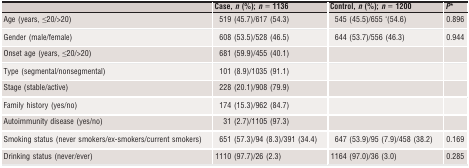
<table><thead><tr><td></td><td><b>Case, <i>n</i> (%); <i>n</i> = 1136</b></td><td><b>Control, <i>n</i> (%); <i>n</i> = 1200</b></td><td><b><i>P</i>a</b></td></tr></thead><tbody><tr><td>Age (years, ≤20/&gt;20)</td><td>519 (45.7)/617 (54.3)</td><td>545 (45.5)/655 &#x27;(54.6)</td><td>0.896</td></tr><tr><td>Gender (male/female)</td><td>608 (53.5)/528 (46.5)</td><td>644 (53.7)/556 (46.3)</td><td>0.944</td></tr><tr><td>Onset age (years, ≤20/&gt;20)</td><td>681 (59.9)/455 (40.1)</td><td></td><td></td></tr><tr><td>Type (segmental/nonsegmental)</td><td>101 (8.9)/1035 (91.1)</td><td></td><td></td></tr><tr><td>Stage (stable/active)</td><td>228 (20.1)/908 (79.9)</td><td></td><td></td></tr><tr><td>Family history (yes/no)</td><td>174 (15.3)/962 (84.7)</td><td></td><td></td></tr><tr><td>Autoimmunity disease (yes/no)</td><td>31 (2.7)/1105 (97.3)</td><td></td><td></td></tr><tr><td>Smoking status (never smokers/ex‐smokers/current smokers)</td><td>651 (57.3)/94 (8.3)/391 (34.4)</td><td>647 (53.9)/95 (7.9)/458 (38.2)</td><td>0.169</td></tr><tr><td>Drinking status (never/ever)</td><td>1110 (97.7)/26 (2.3)</td><td>1164 (97.0)/36 (3.0)</td><td>0.285</td></tr></tbody></table>